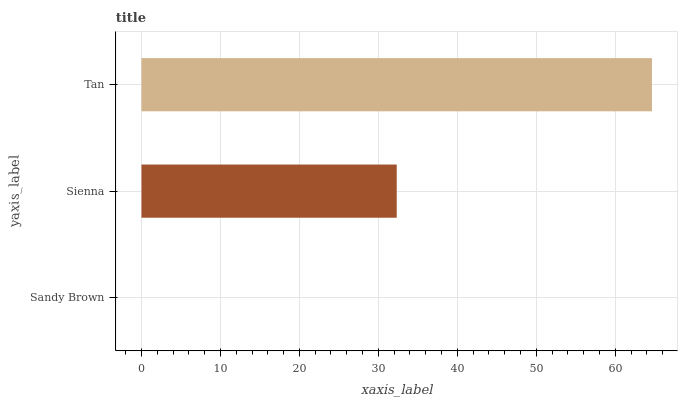
| yaxis_label | bars |
 | --- | --- |
 | Sandy Brown | 0 |
 | Sienna | 32.3 |
 | Tan | 64.6 |